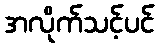
အလိုက်သင့်ပင်